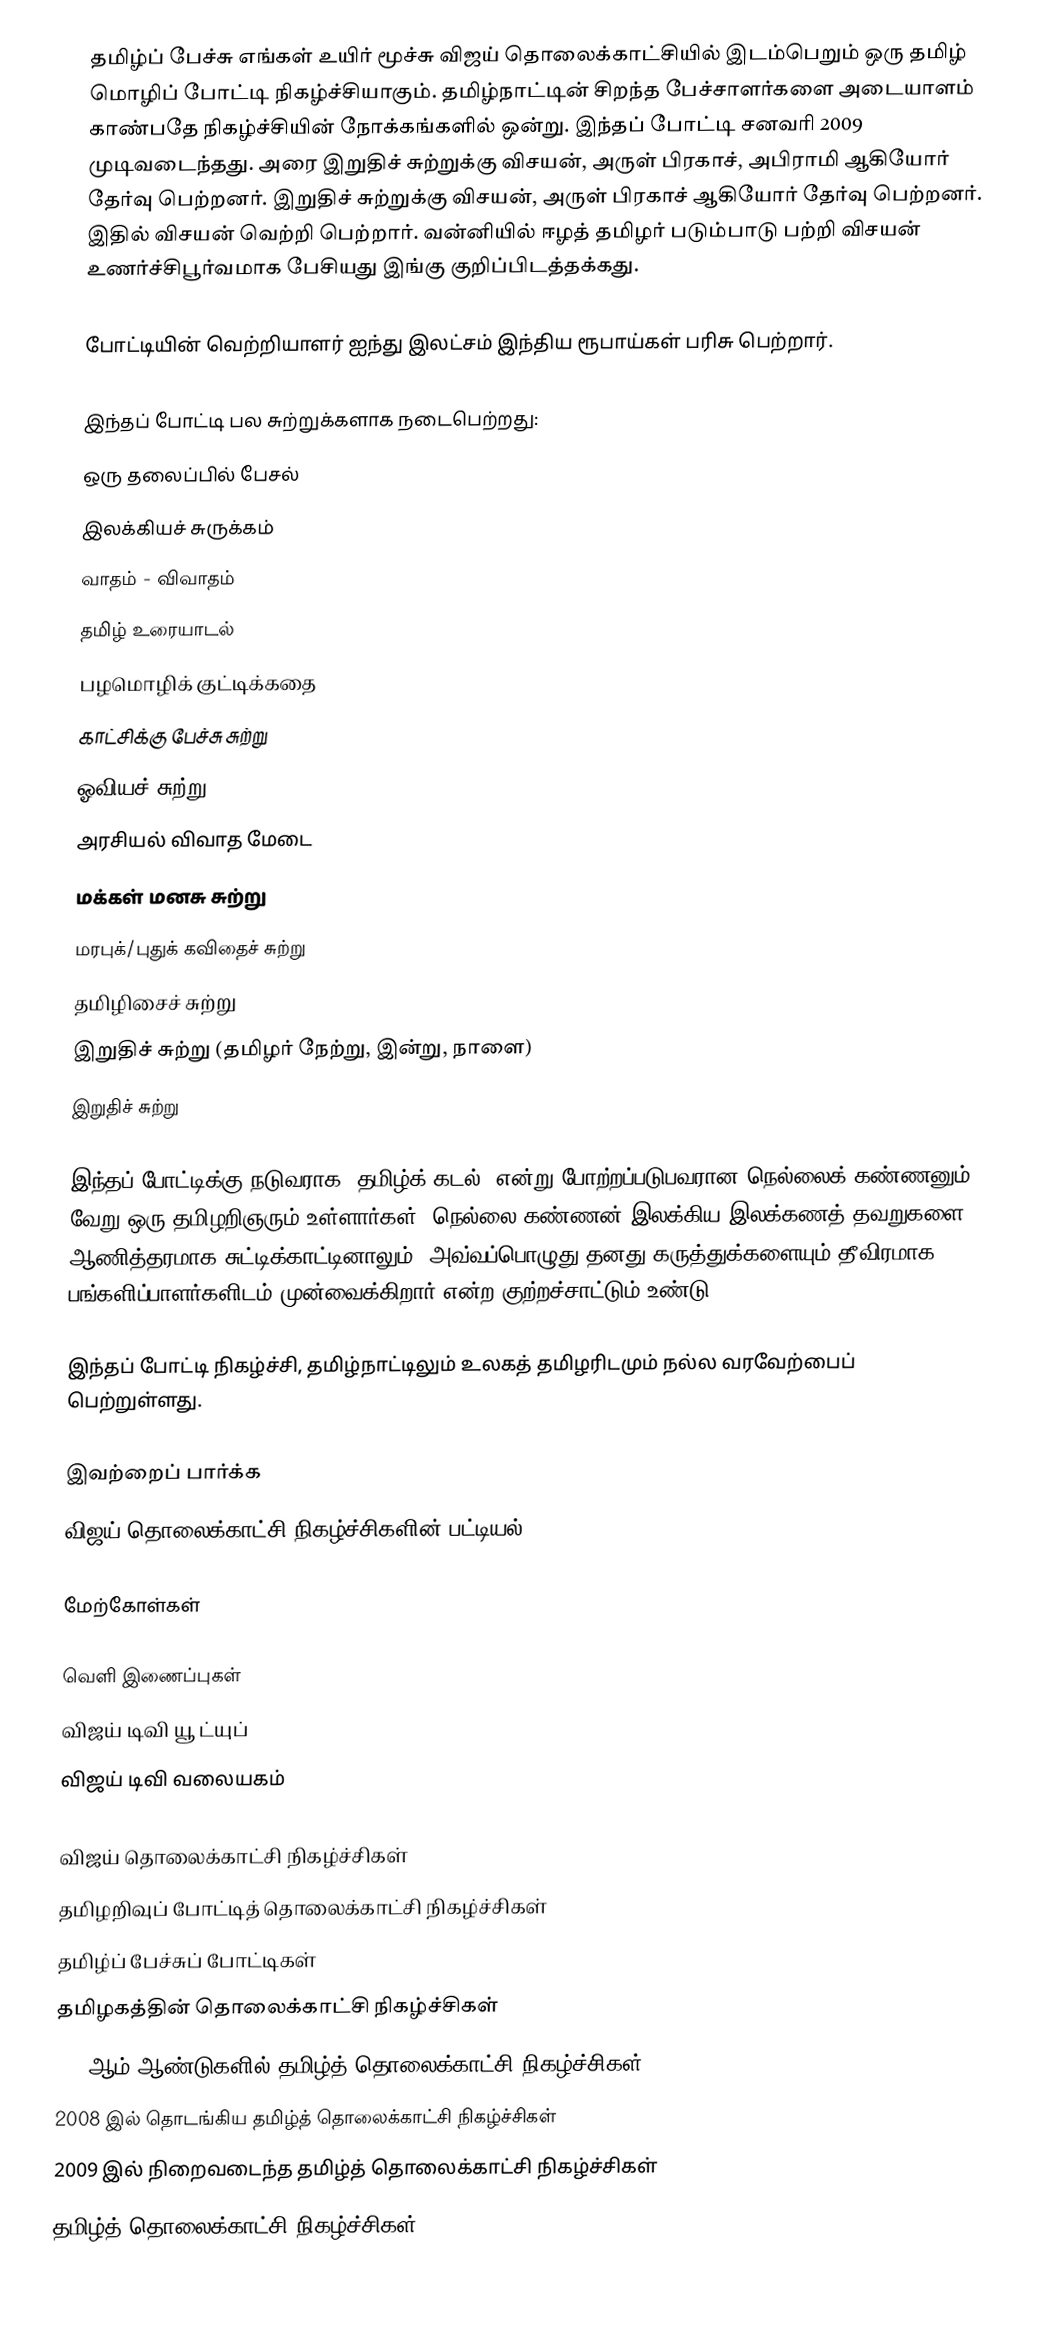
தமிழ்ப் பேச்சு எங்கள் உயிர் மூச்சு விஜய் தொலைக்காட்சியில் இடம்பெறும் ஒரு தமிழ் மொழிப் போட்டி நிகழ்ச்சியாகும்.  தமிழ்நாட்டின் சிறந்த பேச்சாளர்களை அடையாளம் காண்பதே நிகழ்ச்சியின் நோக்கங்களில் ஒன்று.  இந்தப் போட்டி சனவரி 2009 முடிவடைந்தது. அரை இறுதிச் சுற்றுக்கு விசயன், அருள் பிரகாச், அபிராமி ஆகியோர் தேர்வு பெற்றனர்.  இறுதிச் சுற்றுக்கு விசயன், அருள் பிரகாச் ஆகியோர் தேர்வு பெற்றனர். இதில் விசயன் வெற்றி பெற்றார். வன்னியில் ஈழத் தமிழர் படும்பாடு பற்றி விசயன் உணர்ச்சிபூர்வமாக பேசியது இங்கு குறிப்பிடத்தக்கது.

போட்டியின் வெற்றியாளர் ஐந்து இலட்சம் இந்திய ரூபாய்கள் பரிசு பெற்றார்.

இந்தப் போட்டி பல சுற்றுக்களாக நடைபெற்றது:
 ஒரு தலைப்பில் பேசல்
 இலக்கியச் சுருக்கம்
 வாதம் - விவாதம்
 தமிழ் உரையாடல்
 பழமொழிக் குட்டிக்கதை
 காட்சிக்கு பேச்சு சுற்று
 ஓவியச் சுற்று
 அரசியல் விவாத மேடை
 மக்கள் மனசு சுற்று
 மரபுக்/புதுக் கவிதைச் சுற்று
 தமிழிசைச் சுற்று
 இறுதிச் சுற்று (தமிழர் நேற்று, இன்று, நாளை)
 இறுதிச் சுற்று

இந்தப் போட்டிக்கு நடுவராக "தமிழ்க் கடல்" என்று போற்றப்படுபவரான நெல்லைக் கண்ணனும் வேறு ஒரு தமிழறிஞரும் உள்ளார்கள்.  நெல்லை கண்ணன் இலக்கிய இலக்கணத் தவறுகளை ஆணித்தரமாக சுட்டிக்காட்டினாலும், அவ்வப்பொழுது தனது கருத்துக்களையும் தீவிரமாக பங்களிப்பாளர்களிடம் முன்வைக்கிறார் என்ற குற்றச்சாட்டும் உண்டு.

இந்தப் போட்டி நிகழ்ச்சி, தமிழ்நாட்டிலும் உலகத் தமிழரிடமும் நல்ல வரவேற்பைப் பெற்றுள்ளது.

இவற்றைப் பார்க்க
 விஜய் தொலைக்காட்சி நிகழ்ச்சிகளின் பட்டியல்

மேற்கோள்கள்

வெளி இணைப்புகள்
 விஜய் டிவி யூ ட்யுப்
 விஜய் டிவி வலையகம்

விஜய் தொலைக்காட்சி நிகழ்ச்சிகள்
தமிழறிவுப் போட்டித் தொலைக்காட்சி நிகழ்ச்சிகள்
தமிழ்ப் பேச்சுப் போட்டிகள்
தமிழகத்தின் தொலைக்காட்சி நிகழ்ச்சிகள்
2000ஆம் ஆண்டுகளில் தமிழ்த் தொலைக்காட்சி நிகழ்ச்சிகள்
2008 இல் தொடங்கிய தமிழ்த் தொலைக்காட்சி நிகழ்ச்சிகள்
2009 இல் நிறைவடைந்த தமிழ்த் தொலைக்காட்சி நிகழ்ச்சிகள்
தமிழ்த் தொலைக்காட்சி நிகழ்ச்சிகள்